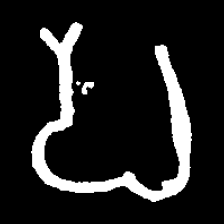
Pyu character \u2014 Myanmar letter: ပ (romanized: pa)